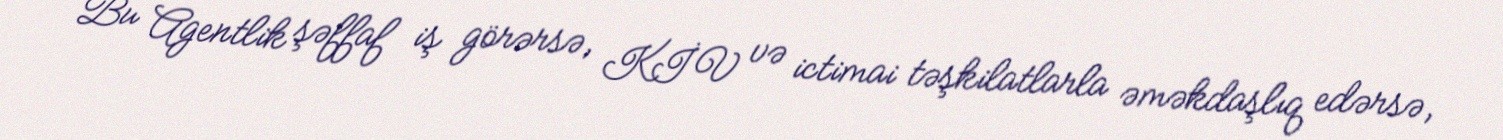
Bu Agentlik şəffaf iş görərsə, KİV və ictimai təşkilatlarla əməkdaşlıq edərsə,